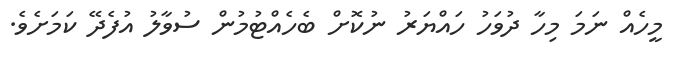
މީހެއް ނަމަ މިހާ ދުވަހު ހައްޔަރު ނުކޮށް ބެހެއްޓުމުން ސުވާލު އުފެދޭ ކަމަށެވެ.